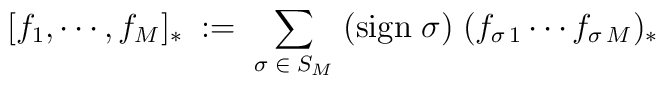
[f_1,\cdots,f_M]_*\;:=\;\sum_{\sigma \;\in\;  S_M}\;({\rm sign}\;\sigma)\;(f_{\sigma\,1}\cdots f_{\sigma\,M})_*